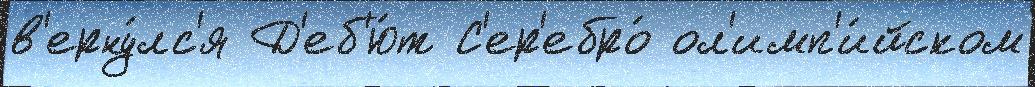
в'ерну́лс'я Д'еб'ю́т С'ер'ебро́ ол'имп'и́йском